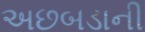
અછબડાની